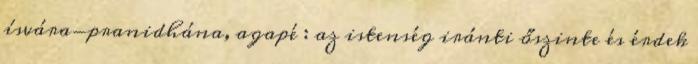
ísvára-pranidhána, agapé : az istenség iránti őszinte és érdek